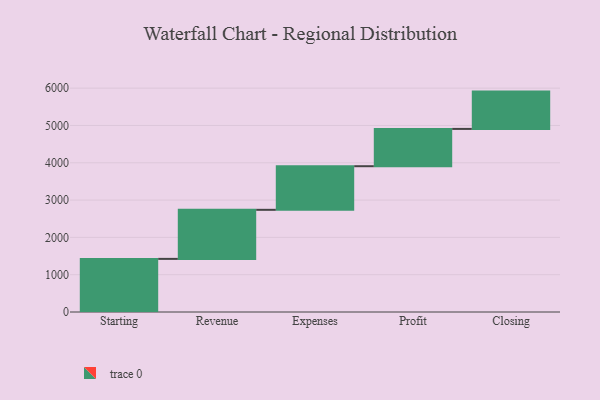
{"axis": {"x": "Step", "y": "Value"}, "legend": [""], "data": [{"x": "Starting", "y": 1424.0, "type": ""}, {"x": "Revenue", "y": 1315.0, "type": ""}, {"x": "Expenses", "y": 1169.0, "type": ""}, {"x": "Profit", "y": 1000, "type": ""}, {"x": "Closing", "y": 1000, "type": ""}]}